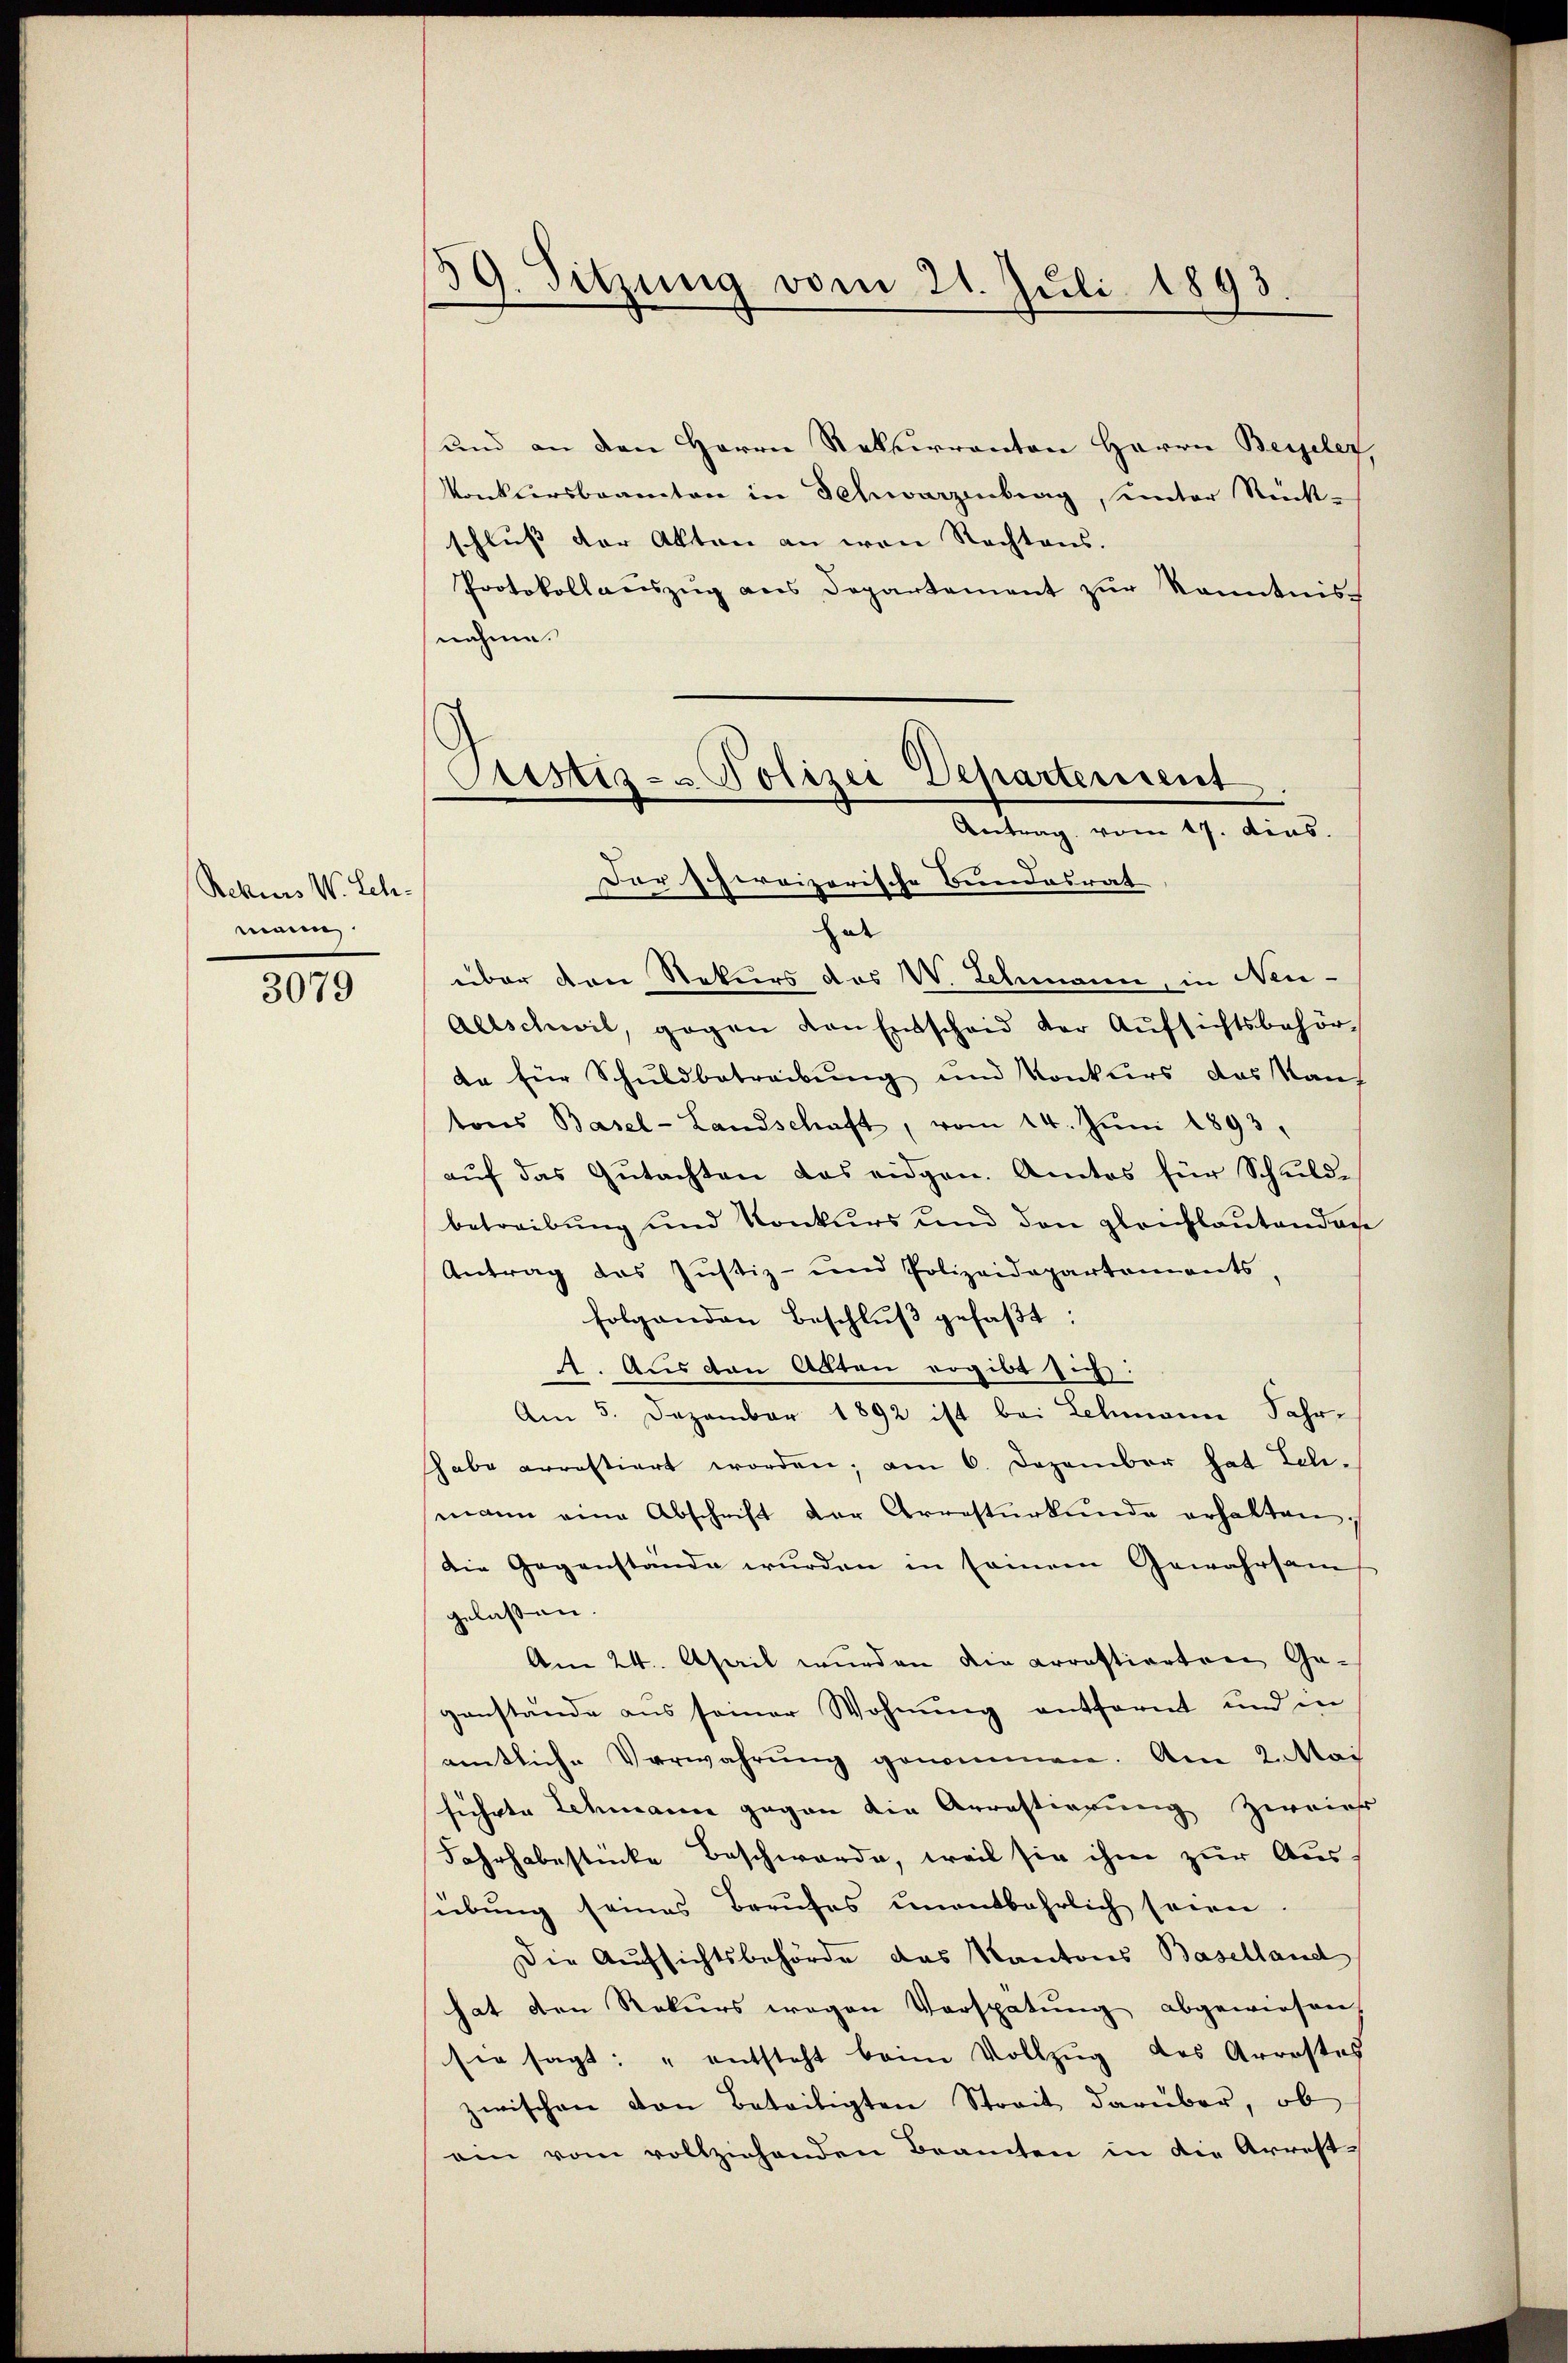
Rekurs W. Leh-
mann.

3079

39. Sitzung vom 21. Juli 1893.
e

und an den Herrn Rekurranton Herrn Beiseler,
konkursbeamten in Schwarzenberg, unter Rück-
schluss der Akten an von Rechtens.
Protokollaŭszŭg ans Departement zŭr Kenntnis
nahme.
s

Cristiz- & Polizei Departement
Antrag vom 17. dies
Dar schweizerische Bundesrat

Ent
über den Rekurs das W. Lehmann, in Neu¬
Allschwil, gegen von Entscheid der Aŭfsichtsbehör-
da für Schuldbetreibŭng und Konkurs das Kauf
tons Basel-Landschaft, vom 14. Juni 1893,
auf das Gutachten das eidgen. Amtes für Schuldbetreibung und Konkurs und den gleichlautendor
Antrag des Justiz- und Polizeidepartements,
folgenden Beschlŭβ gefaßt:
A. Aus den Akten ergibt sich:
Am 5. Dezember 1892 ist bei Schmann Jahr-
habe arrestiert worden; am 6. Dezember hat Feli-
mann eine Abschrift der Arrestŭrkŭnde erhalten,
Die Gegenstände wurden in seinem Gewahrsams
gelassen.
Am 24. April wurden die Arrestierten Ge-
genstände aus seiner Wohnung entfernt und in
amtliche Verwahrŭng genommen. Am 2. Mai
führte Schmann gegen die Arrestierung zweigs
Fahrhabestücke Beschwerde, weil sie ihm zur Aus-
sübung seines Berufes unentbehrlich seinen.
Die Aufsichtsbehörde das Kantons Baselland
hat den Rekurs wegen Verspätung abgewiesen.
sie sagt: "entsteht beim Vollzŭg des Arrestes
zwischen von Beteiligten Streit darüber, ob
ein vom vollziehenden Beamten in die Arrest-